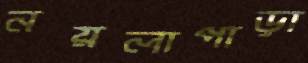
নয়লাপাড়া